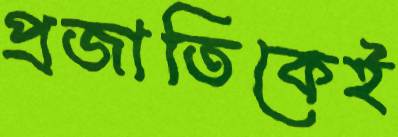
প্রজাতিকেই